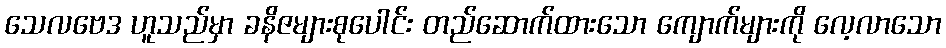
သေလဗေဒ ဟူသည်မှာ ခနိဇများစုပေါင်း တည်ဆောက်ထားသော ကျောက်များကို လေ့လာသော